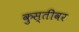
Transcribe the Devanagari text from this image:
कुस्तीवर